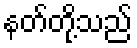
နတ်တို့သည်